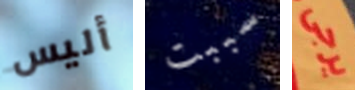
أليس سببت يرجى